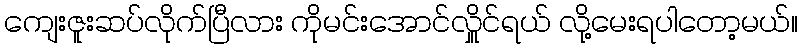
ကျေးဇူးဆပ်လိုက်ပြီလား ကိုမင်းအောင်လှိူင်ရယ် လို့မေးရပါတော့မယ်။